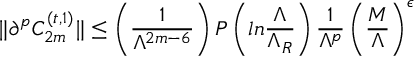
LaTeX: \| \partial ^ { p } C _ { 2 m } ^ { ( t , 1 ) } \| \leq \left( { \frac { 1 } { \Lambda ^ { 2 m - 6 } } } \right) P \left( l n { \frac { \Lambda } { \Lambda _ { R } } } \right) { \frac { 1 } { \Lambda ^ { p } } } \left( { \frac { M } { \Lambda } } \right) ^ { \epsilon }